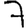
Digit: 7